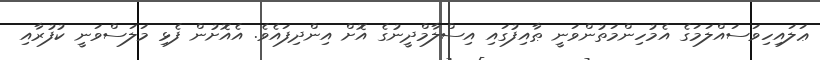
ޢަލައިހިވަސައްލަމަގެ އެމުހިންމަތުންވަނީ ޠާއިފުގައި އިސްލާމްދީނުގެ އޮށް އިންދިފައެވެ. އެއޮށުން ފެޅި މަލަސްވަނީ ކުފުރާއި